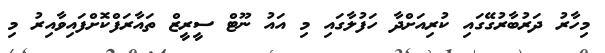
މިހާރު ދަރުބާރުގޭގައި ކުރިއަށްދާ ހަފުލާގައި މި އައު ނޫޓް ސީރީޒް ތައާރަފްކޮށްފައިވާއިރު މި